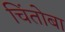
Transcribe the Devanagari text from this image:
चिंतोबा